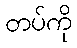
တပ်ကို